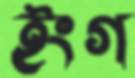
ইংগ